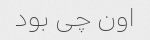
اون چی بود